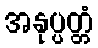
အနုပ္ပတ္တံ